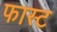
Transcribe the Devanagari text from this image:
फास्‍ट